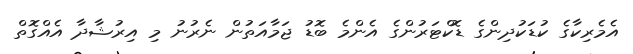
އެމެރިކާގެ ކުޑަކުދިންގެ ޑޮކްޓަރުންގެ އެންމެ ބޮޑު ޖަމާއަތުން ނެރުނު މި އިރުޝާދާ އެއްގޮތް